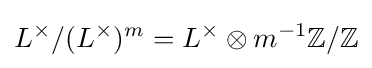
L^{\times }/(L^{\times })^{m}=L^{\times }\otimes m^{-1}\mathbb {Z} /\mathbb {Z}